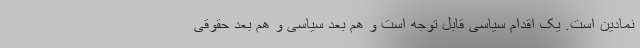
نمادین است. یک اقدام سیاسی قابل توجه است و هم بعد سیاسی و هم بعد حقوقی